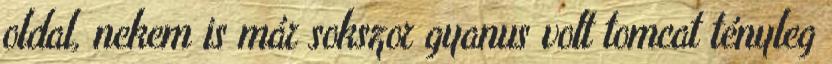
oldal, nekem is már sokszor gyanus volt tomcat tényleg